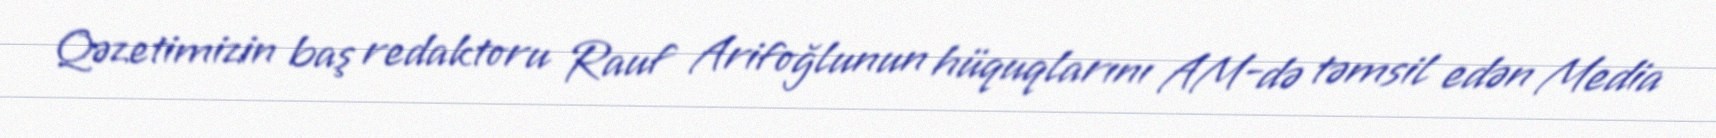
Qəzetimizin baş redaktoru Rauf Arifoğlunun hüquqlarını AM-də təmsil edən Media